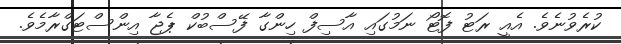
ކުރެވުނެވެ. އެއީ ރަޓު ފޮޓޯ ނަމުގައި އާސިފް ހިންގާ ފޭސްބުކް ޕެޖާ އިންސްޓަގްރާމެވެ.